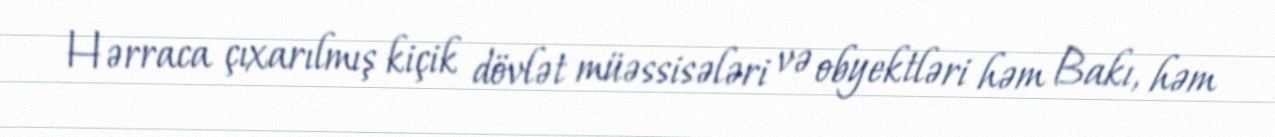
Hərraca çıxarılmış kiçik dövlət müəssisələri və obyektləri həm Bakı, həm